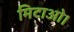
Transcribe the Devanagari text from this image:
मिटाओ।